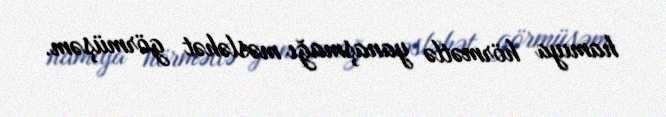
hamıya hörmətlə yanaşmağı məsləhət görmüşəm.